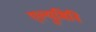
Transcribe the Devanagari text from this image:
एल्युमिनि